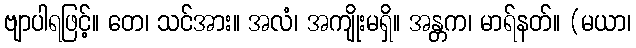
ဗျာပါရဖြင့်။ တေ၊ သင်အား။ အလံ၊ အကျိုးမရှိ။ အန္တက၊ မာရ်နတ်။ (မယာ၊